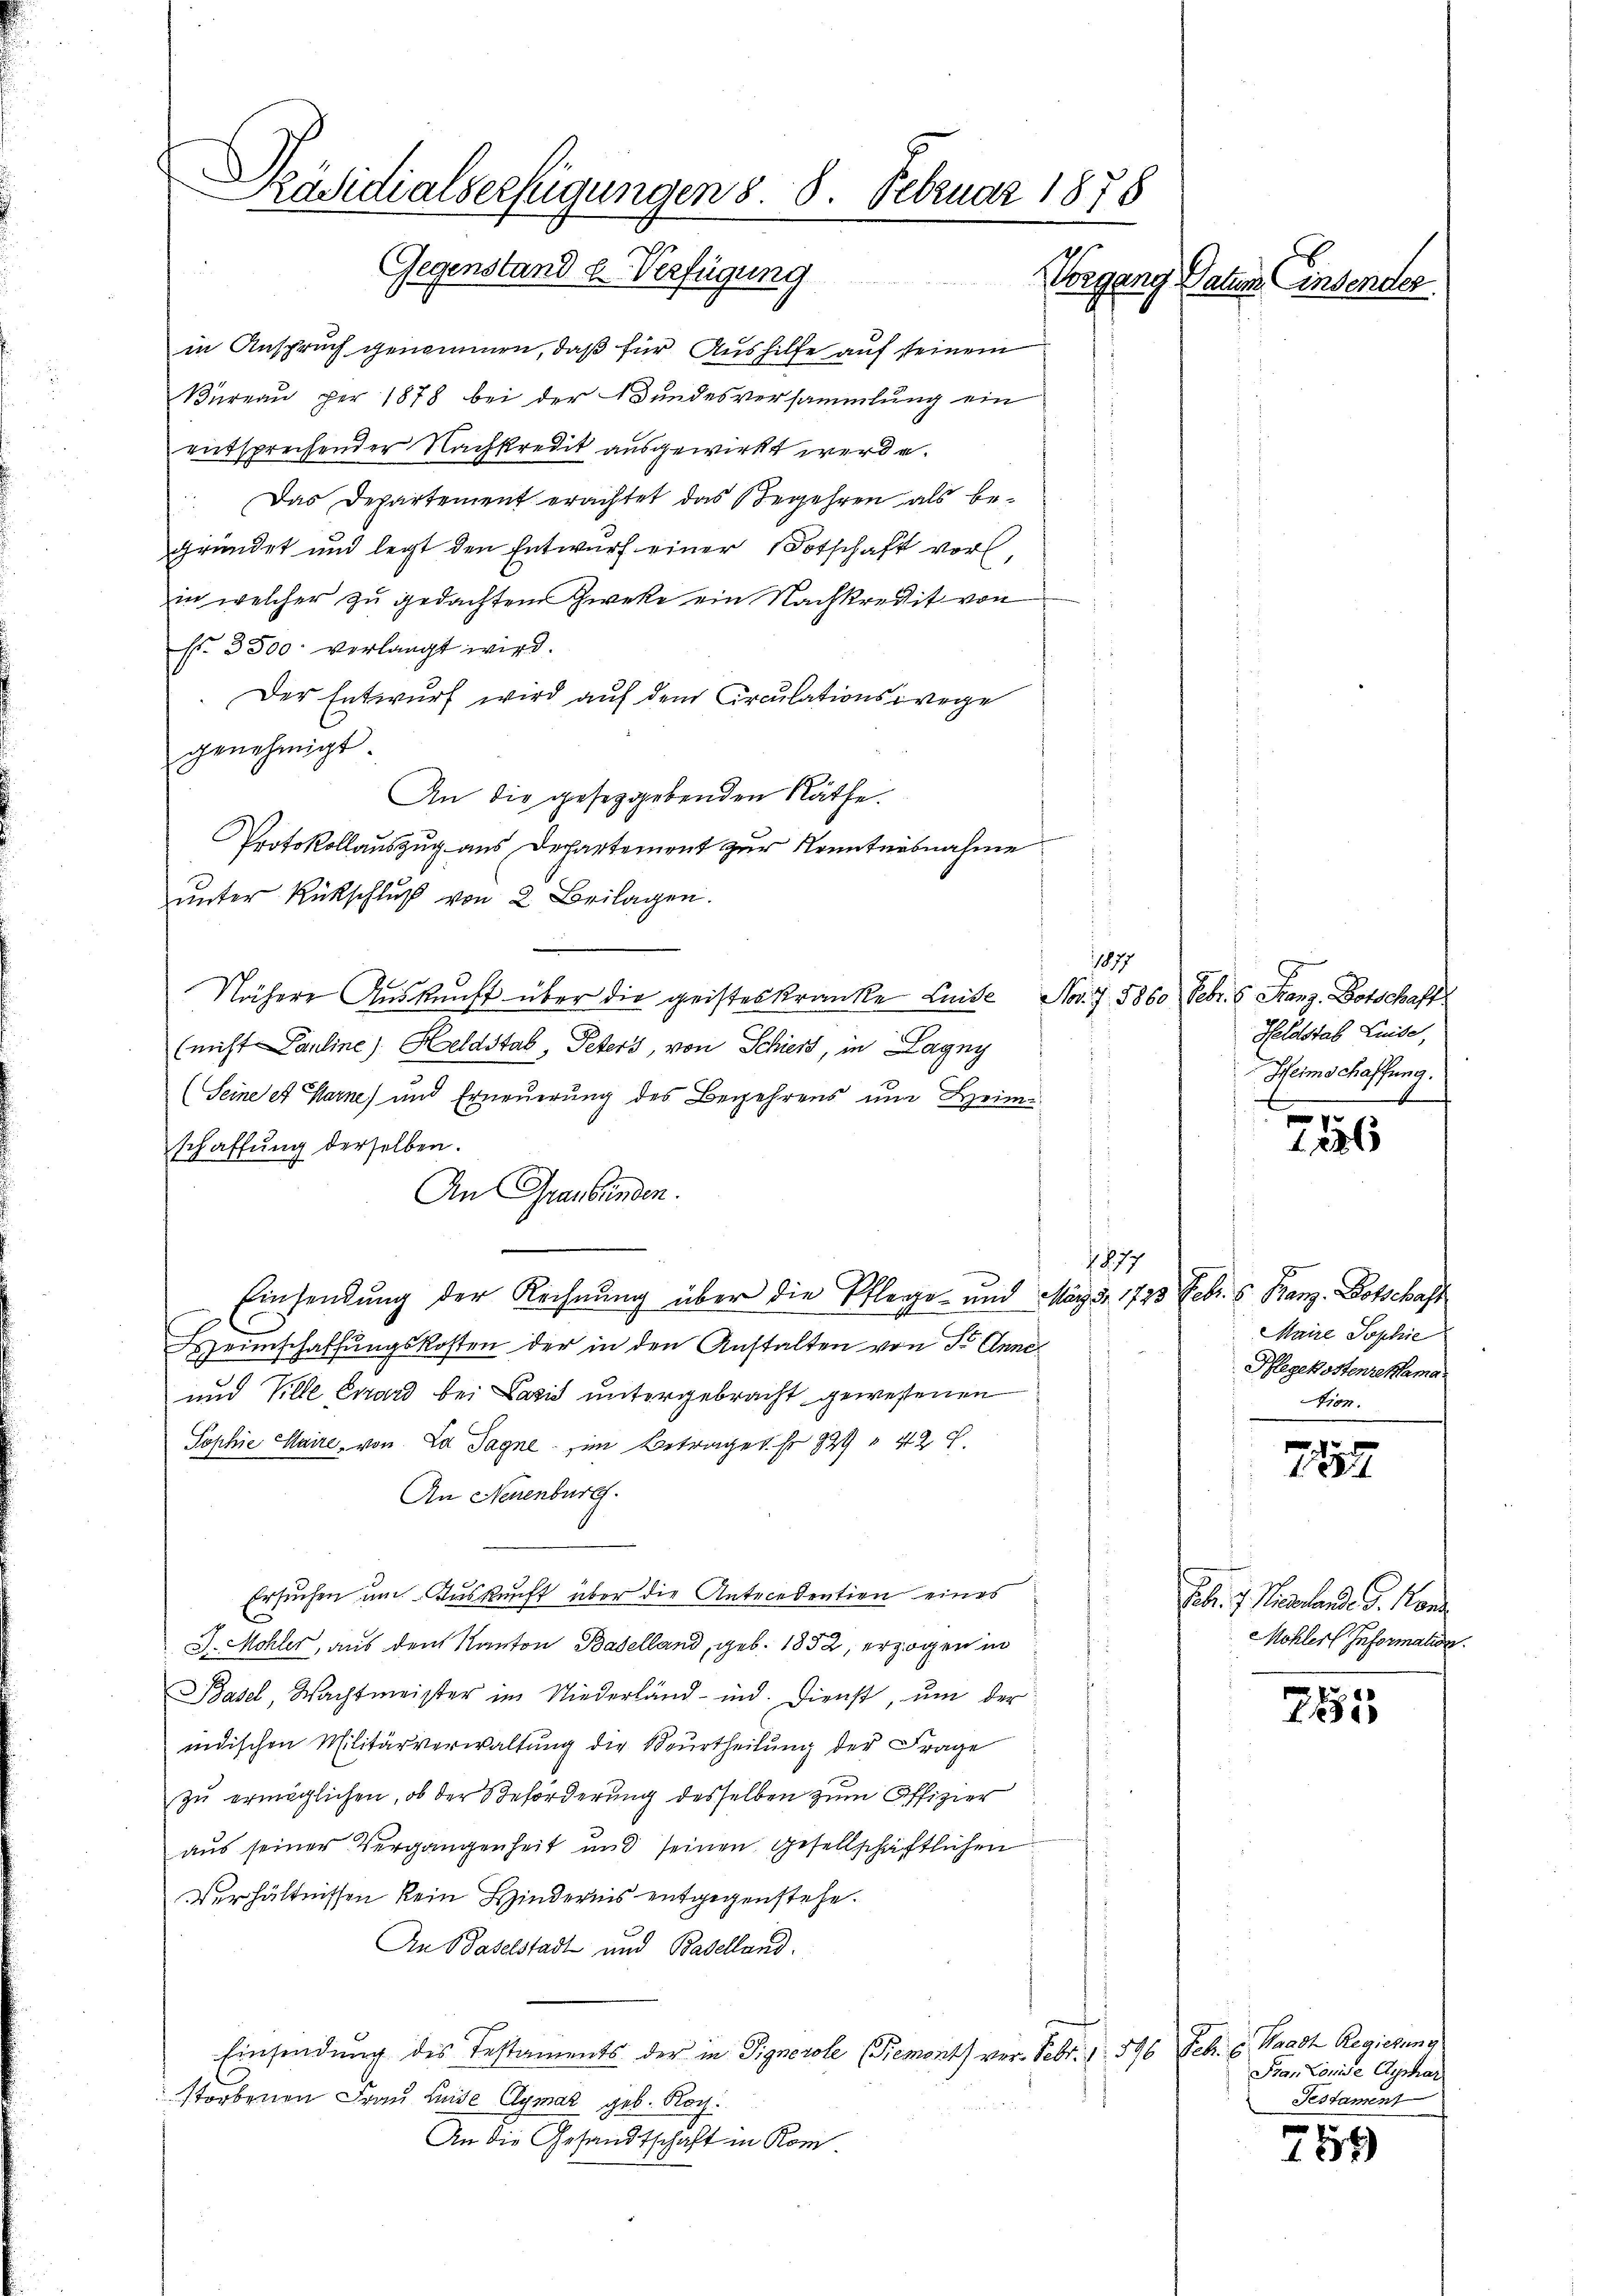
Präsidialserfügungen 8. 8. Februar 1878
Gegenstand u. Verfügung
Vorgang Datum insender

in Anspruch genommen, daß für Aushilfe auf seinem
Bureau per 1878 bei der Bundesversammlung ein
entsprechender Nachkredit ausgewirkt werde.
 Das Departement erachtet das Begehren als be-
gründet und legt den Entwurf einer Botschaft vor,
in welcher zu gedachten Zwecke ein Nachkredit von
Fr. 3500 verlangt wird.
Der Entwurf wird auf dem Circulationsrege
genehmigt
An die geseggebenden Räthe.
Protokollaŭszŭg aŭs Departemont zŭr Kenntnisnahme
ŭnter Rückschluß von 2 Beilagen.
Nähere Auskunft über die geisteskranke Luise Nov. 7. 5860. Febr. 6. Franz. Botschaft
(nicht Pauline Heldstab, Peters, von Schier, in Lagny
(Seine et Warne) und Erneuerung des Begehrens um Heim-
schaffung derselben.
An Graubünden.
Einsendung der Rechnung über die Pflege- und März d. 1720 Febr. s. Banz. Botschaft
Heimschaffungskosten der in den Anstalten von Sr Anne
und Ville Evard bei Lazić untergebracht gewesenen
Sophie Claire, von La Jagne im Betrages sr 829 " 42 x
An Neuenburg.
Ersuchen um Auskunft über die Antecedention eines
J. Mohler, aus dem Kanton Baselland, geb. 1852, erzogen in
Basel, Wachtmeister im Niederländ-ind. Dienst, um der
indischen Militärverwaltung die Beurtheilung der Frage
zu ermöglichen, ob der Beförderung desselben zum Offizier
aus seiner Vergangenheit und seinen gesellschaftlichen
Verhältnissen kein Hindernis entgegenstehe.
An Baselstadt und Baselland.
Einsendung des Testaments der in Pignerole (Remonts vor. Febr. 1 596 Febr. v. Waadt Regierung
storbenen Frau Luise Aymar geb. Noch
An die Gesandtschaft in Rom.

1877

1877

Heldstab Luise,
Heimschaffung.
e

7286

Maire Sophie
Pflegekostenreklama
tion.

7187

Feb. I. Pestande d. Kon
Mohler Information.

255

Frau Louise Aushar
Testament

759